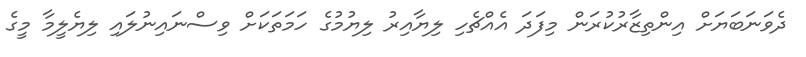
ދެވަނަބަޔަށް އިންތިޒާރުކުރަން މިފަދަ އެއްޗެހި ލިޔާއިރު ލިޔުމުގެ ހަމަތަކަށް ވިސްނައިނުލައި ލިޔެލީމާ މީގެ